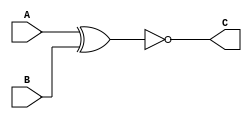
`timescale 1ns / 1ps
//////////////////////////////////////////////////////////////////////////////////
// Company: 
// Engineer: 
// 
// Design Name: 
// Module Name: Multiplicador
// Project Name: 
// Target Devices: 
// Tool Versions: 
// Description: 
// 
// Dependencies: 
// 
// Revision:
// Revision 0.01 - File Created
// Additional Comments:
// 
//////////////////////////////////////////////////////////////////////////////////


module Multiplicador(A,B,C);
    input [1023:0] A;
    input [1023:0] B;
    output [1023:0] C;
    
    assign C= ~(A^B);
    //assign C = A|B;
    //assign C=A-^B;
endmodule